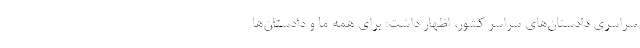
سراسری دادستان‌های سراسر کشور، اظهار داشت: برای همه ما و دادستان‌ها